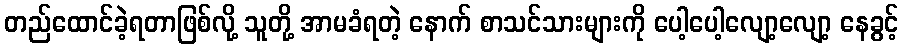
တည်ထောင်ခဲ့ရတာဖြစ်လို့ သူတို့ အာမခံရတဲ့ နောက် စာသင်သားများကို ပေါ့ပေါ့လျော့လျော့ နေခွင့်